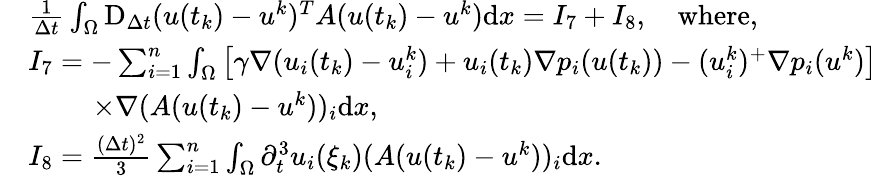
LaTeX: \begin{array}{rl}&{\frac{1}{\Delta t}\int_{\Omega}\mathrm{D}_{\Delta t}(u(t_{k})-u^{k})^{T}A(u(t_{k})-u^{k})\mathrm{d}x=I_{7}+I_{8},\quad\mathrm{where},}\\ &{I_{7}=-\sum_{i=1}^{n}\int_{\Omega}\big[\gamma\nabla(u_{i}(t_{k})-u_{i}^{k})+u_{i}(t_{k})\nabla p_{i}(u(t_{k}))-(u_{i}^{k})^{+}\nabla p_{i}(u^{k})\big]}\\ &{\phantom{xxxx}{\times}\nabla(A(u(t_{k})-u^{k}))_{i}\mathrm{d}x,}\\ &{I_{8}=\frac{(\Delta t)^{2}}{3}\sum_{i=1}^{n}\int_{\Omega}\partial_{t}^{3}u_{i}(\xi_{k})(A(u(t_{k})-u^{k}))_{i}\mathrm{d}x.}\end{array}